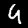
Digit: 4